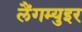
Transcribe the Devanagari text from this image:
लैंगम्युइर